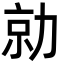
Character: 勍